Source: Handwritten
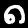
Digit: ၈ (8)